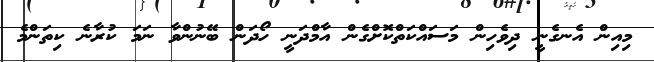
މިއިން އެނގެނީ ދިވެހިން މަސައްކަތްކޮށްގެން އާމްދަނީ ހޯދަން ބޭނުންވާ ނަމަ ކުރާނެ ކިތަންމެ